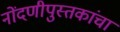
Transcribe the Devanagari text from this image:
नोंदणीपुस्तकांचा